Indian journal of veterinary science and animal husbandry - Volume 5,
Year: 1935
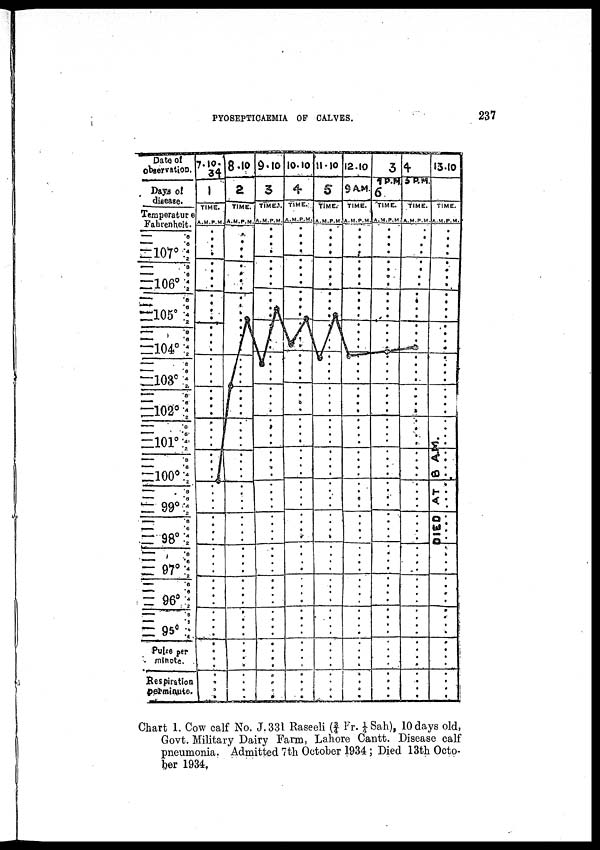
PYOSEPTICAEMIA OF CALVES.
237
Chart 1. Cow calf No. J. 331 Raseeli (¾ Fr. ¼Sah), 10 days old,
Govt. Military Dairy Farm, Lahore Cantt. Disease calf
pneumonia. Admitted 7th October 1934 ; Died 13th Octo-
ber 1934.